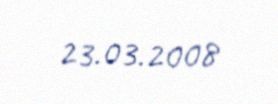
23.03.2008